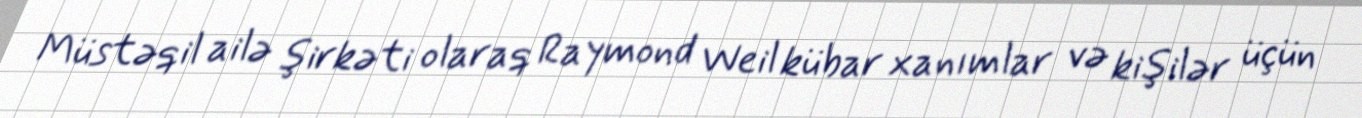
Müstəqil ailə şirkəti olaraq Raymond Weil kübar xanımlar və kişilər üçün